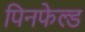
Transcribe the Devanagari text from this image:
पिनफेल्ड